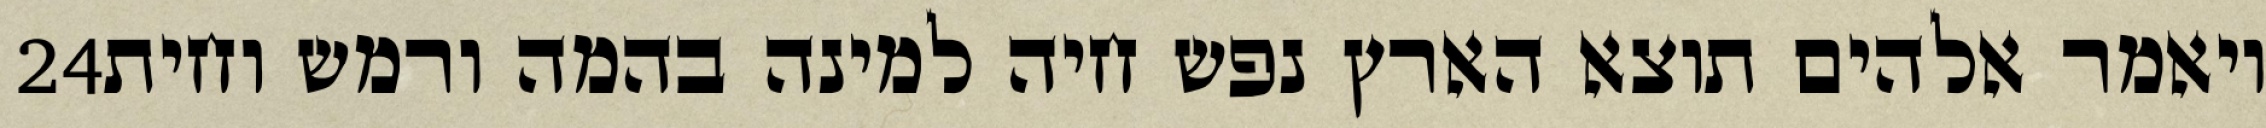
‎24‏ ויאמר אלהים תוצא הארץ נפש חיה למינה בהמה ורמש וחית